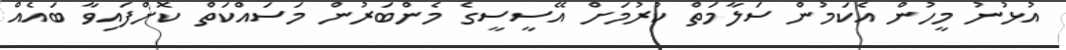
އުޅުނު މީހުން އެކަމުން ސަލާމަތް ކުރުމަށް އޭސީސީގެ މެންބަރުން މަސައްކަތް ކޮށްފައިވާ ބައެއް